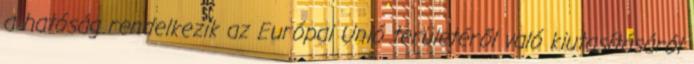
a hatóság rendelkezik az Európai Unió területéről való kiutasításáról